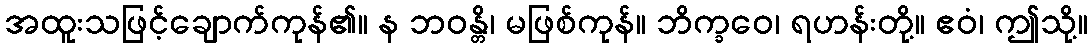
အထူးသဖြင့်ချောက်ကုန်၏။ န ဘဝန္တိ၊ မဖြစ်ကုန်။ ဘိက္ခဝေ၊ ရဟန်းတို့။ ဧဝံ၊ ဤသို့။